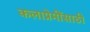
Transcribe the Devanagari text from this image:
कलाप्रेमींसाठी